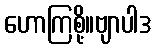
ဟောကြစို့။ဗျာပါဒ